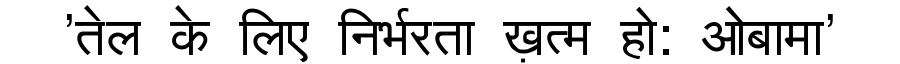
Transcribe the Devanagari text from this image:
'तेल के लिए निर्भरता ख़त्म हो: ओबामा'